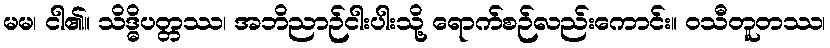
မမ၊ ငါ၏။ သိဒ္ဓိပတ္တဿ၊ အဘိညာဉ်ငါးပါးသို့ ရောက်စဉ်လည်းကောင်း။ ဝသီတူတဿ၊